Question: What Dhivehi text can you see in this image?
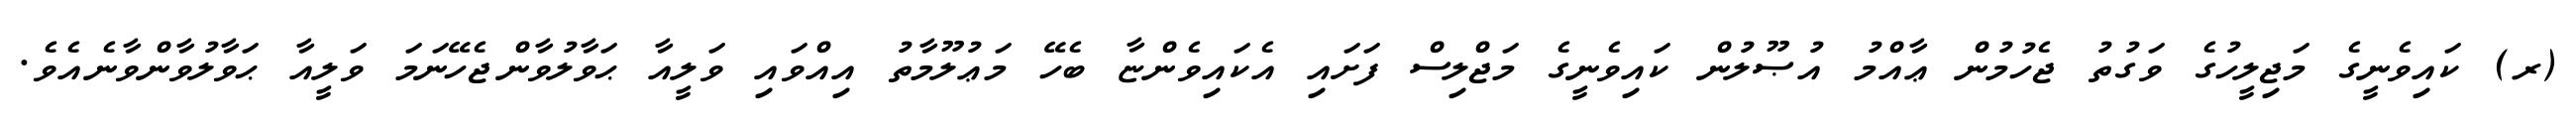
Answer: (ރ) ކައިވެނީގެ މަޖިލީހުގެ ވަގުތު ޖެހުމުން ޢާއްމު އުޞޫލުން ކައިވެނީގެ މަޖްލިސް ފަށައި އެކައިވެންޏާ ބެހޭ މަޢުލޫމާތު އިއްވައި ވަލީއާ ޙަވާލުވާންޖެހޭނަމަ ވަލީއާ ޙަވާލުވާންވާނެއެވެ.